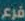
فرع